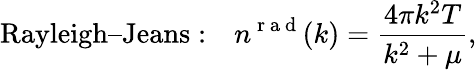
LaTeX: \mathrm{Rayleigh–Jeans:}\quad n^{\mathrm{~r~a~d~}}(k)=\frac{4\pi k^{2}T}{k^{2}+\mu},